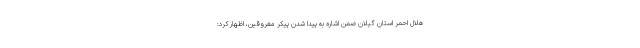
هلال احمر استان گیلان ضمن اشاره به پیدا شدن پیکر مغروقین، اظهار کرد: